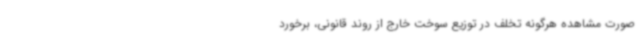
صورت مشاهده هرگونه تخلف در توزیع سوخت خارج از روند قانونی، برخورد